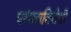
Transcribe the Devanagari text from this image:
परंपराविरोधी